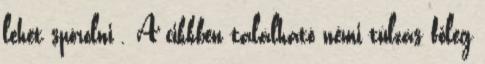
lehet spórolni . A cikkben található némi túlzás főleg